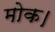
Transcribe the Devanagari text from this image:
मोक।